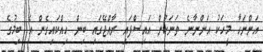
އަންނަހާ މީހަކު އަންނާނެ ތަނަކުން އައިސްފައި ރާއްޖޭގައި ބިން ހިއްކައިގެން އެ ބިމުގެ